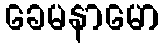
ခေမနာမော